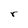
Character: r